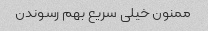
ممنون خیلی سریع بهم رسوندن